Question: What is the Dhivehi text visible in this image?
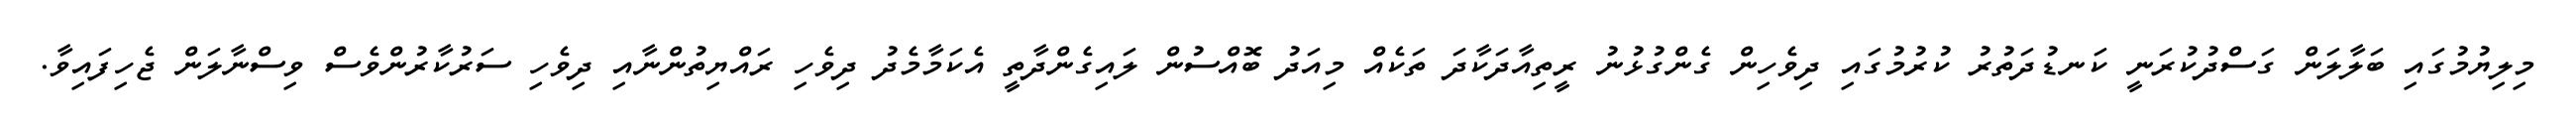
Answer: މިލިޔުމުގައި ބަލާލަން ގަސްދުކުރަނީ ކަނޑުދަތުރު ކުރުމުގައި ދިވެހިން ގެންގުޅުނު ރީތިއާދަކާދަ ތަކެއް މިއަދު ބޮއްސުން ލައިގެންދާތީ އެކަމާމެދު ދިވެހި ރައްޔިތުންނާއި ދިވެހި ސަރުކާރުންވެސް ވިސްނާލަން ޖެހިފައިވާ.